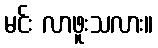
မင်း လာဖူးသလား။